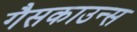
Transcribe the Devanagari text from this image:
गैसकाउन्स